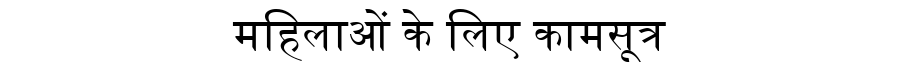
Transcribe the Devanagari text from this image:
महिलाओं के लिए कामसूत्र